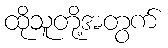
ထိုသူတို့အတွက်